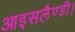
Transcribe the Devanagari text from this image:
आइसलैण्डी।